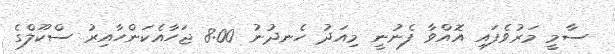
ސާމީ މަރުވެފައި އޮއްވާ ފެނުނީ މިއަދު ހެނދުނު 8:00 ޖަހާއެކަންހާއިރު ސްކޫލްގެ